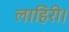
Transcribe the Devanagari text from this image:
लाहिरी।